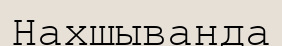
Нахшыванда